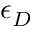
\epsilon _ { D }